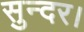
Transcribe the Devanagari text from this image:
सुन्दर।